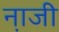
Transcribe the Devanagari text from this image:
ना़जी